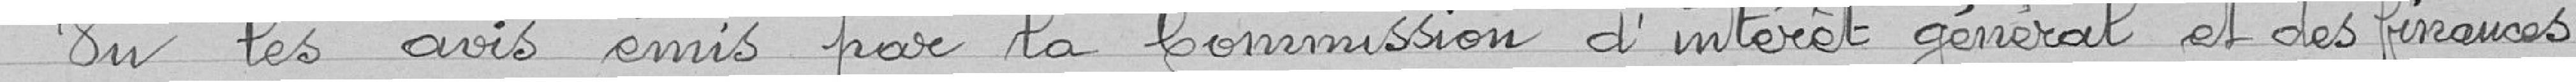
Vu les avis émis par la commission intérêt général et des finances